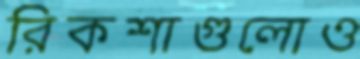
রিকশাগুলোও